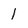
Character: 1